Scotch Education Department, 1911
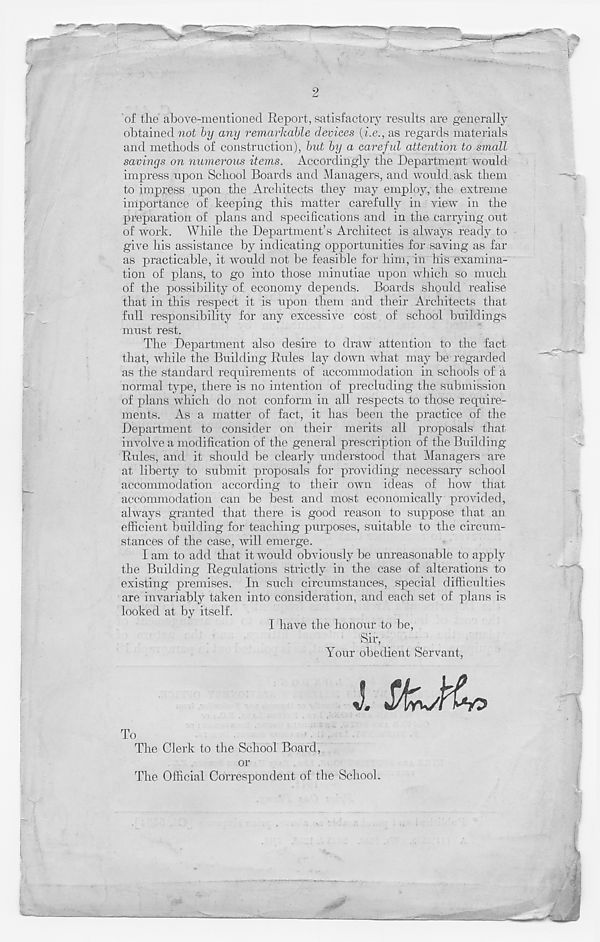
2
of the above-mentioned Report, satisfactory results are generally
obtained not by any remarkable devices {i.e., as regards materials
and methods of construction), but by a careful attention to small
savings on numerous items. Accordingly the Department would
impress upon School Boards and Managers, and would ask them
to impress upon the Architects they may employ,' the extreme
importance of keeping this matter carefully in view in the
preparation of plans and specifications and in the carrying out
of work. While the Department’s Architect is always ready to
give his assistance by indicating opportunities for saving as far
as practicable, it would not be feasible for him, in his examina-
tion of plans, to go into those minutiae upon which so much
of the possibility of economy depends. Boards should realise
that in this respect it is upon them and their Architects that
full responsibility for any excessive cost of school buildings
must rest.
The Department also desire to draw attention to the fact
that, while the Building Rules lay down what may be regarded
as the standard requirements of accommodation in schools of a
normal type, there is no intention of precluding the submission
of plans which do not conform in all respects to those require-
ments. As a matter of fact, it has been the practice of the
Department to consider on their merits all proposals that
involve a modification of the general prescription of the Building
Rules, and it should be clearly understood that Managers are
at liberty to submit proposals for providing necessary school
accommodation according to their own ideas of how that
accommodation can be best and most economically provided,
always granted that there is good reason to suppose that an
efficient building for teaching purposes, suitable to the circum-
stances of the case, will emerge.
I am to add that it would obviously be unreasonable to apply
the Building Regulations strictly in the case of alterations to
existing premises. In such circumstances, special difficulties
are invariably taken into consideration, and each set of plans is
looked at by itself.
I have the honour to be,
Sir, _
Your obedient Servant,
J.
To
The Clerk to the School Board,
or
The Official Correspondent of the School.